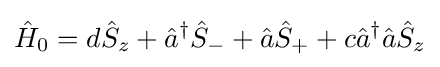
{\hat {H}}_{0}=d{\hat {S}}_{z}+{\hat {a}}^{\dagger }{\hat {S}}_{-}+{\hat {a}}{\hat {S}}_{+}+c{\hat {a}}^{\dagger }{\hat {a}}{\hat {S}}_{z}